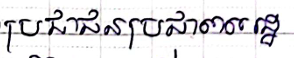
ប្រជាជនប្រជាពលរដ្ឋ